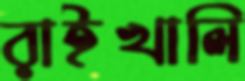
রাইখালি